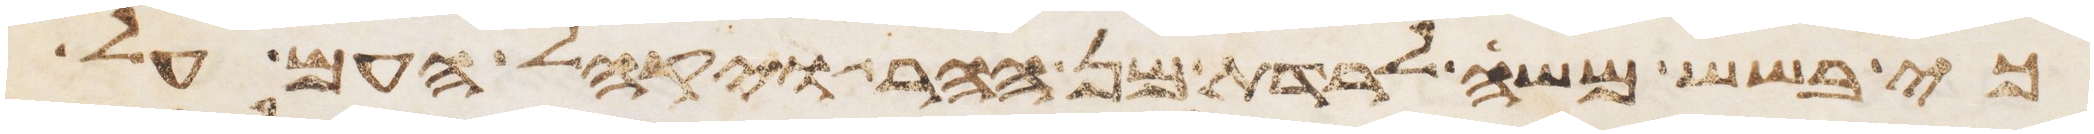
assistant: כי בשש משה לרדת מן ההר ויקהל העם על